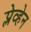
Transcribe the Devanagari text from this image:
प्लेव्हेन